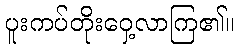
ပူးကပ်တိုးဝှေ့လာကြ၏။